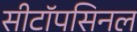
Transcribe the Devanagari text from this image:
सीटॉपसिनल